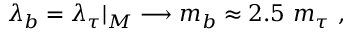
\lambda _ { b } = \lambda _ { \tau } \vert _ { M } \longrightarrow m _ { b } \approx 2 . 5 ~ m _ { \tau } \ ,